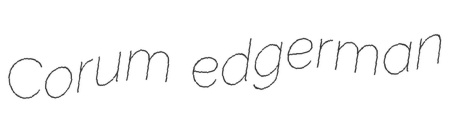
Corum edgerman